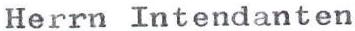
Herrn Intendanten